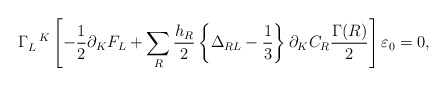
\begin{align*} \Gamma_L^{~~K} \left[ -\frac{1}{2}\partial_K F_L +\sum_R \frac{h_R}{2} \left\{\Delta_{RL}-\frac{1}{3}\right\} \partial_K C_R \frac{\Gamma(R)}{2} \right] \varepsilon_0=0,\end{align*}